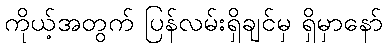
ကိုယ့်အတွက် ပြန်လမ်းရှိချင်မှ ရှိမှာနော်